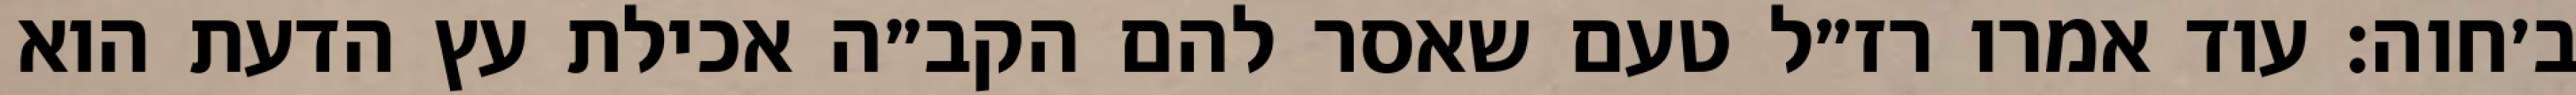
ב׳חוה: עוד אמרו רז״ל טעם שאסר להם הקב״ה אכילת עץ הדעת הוא